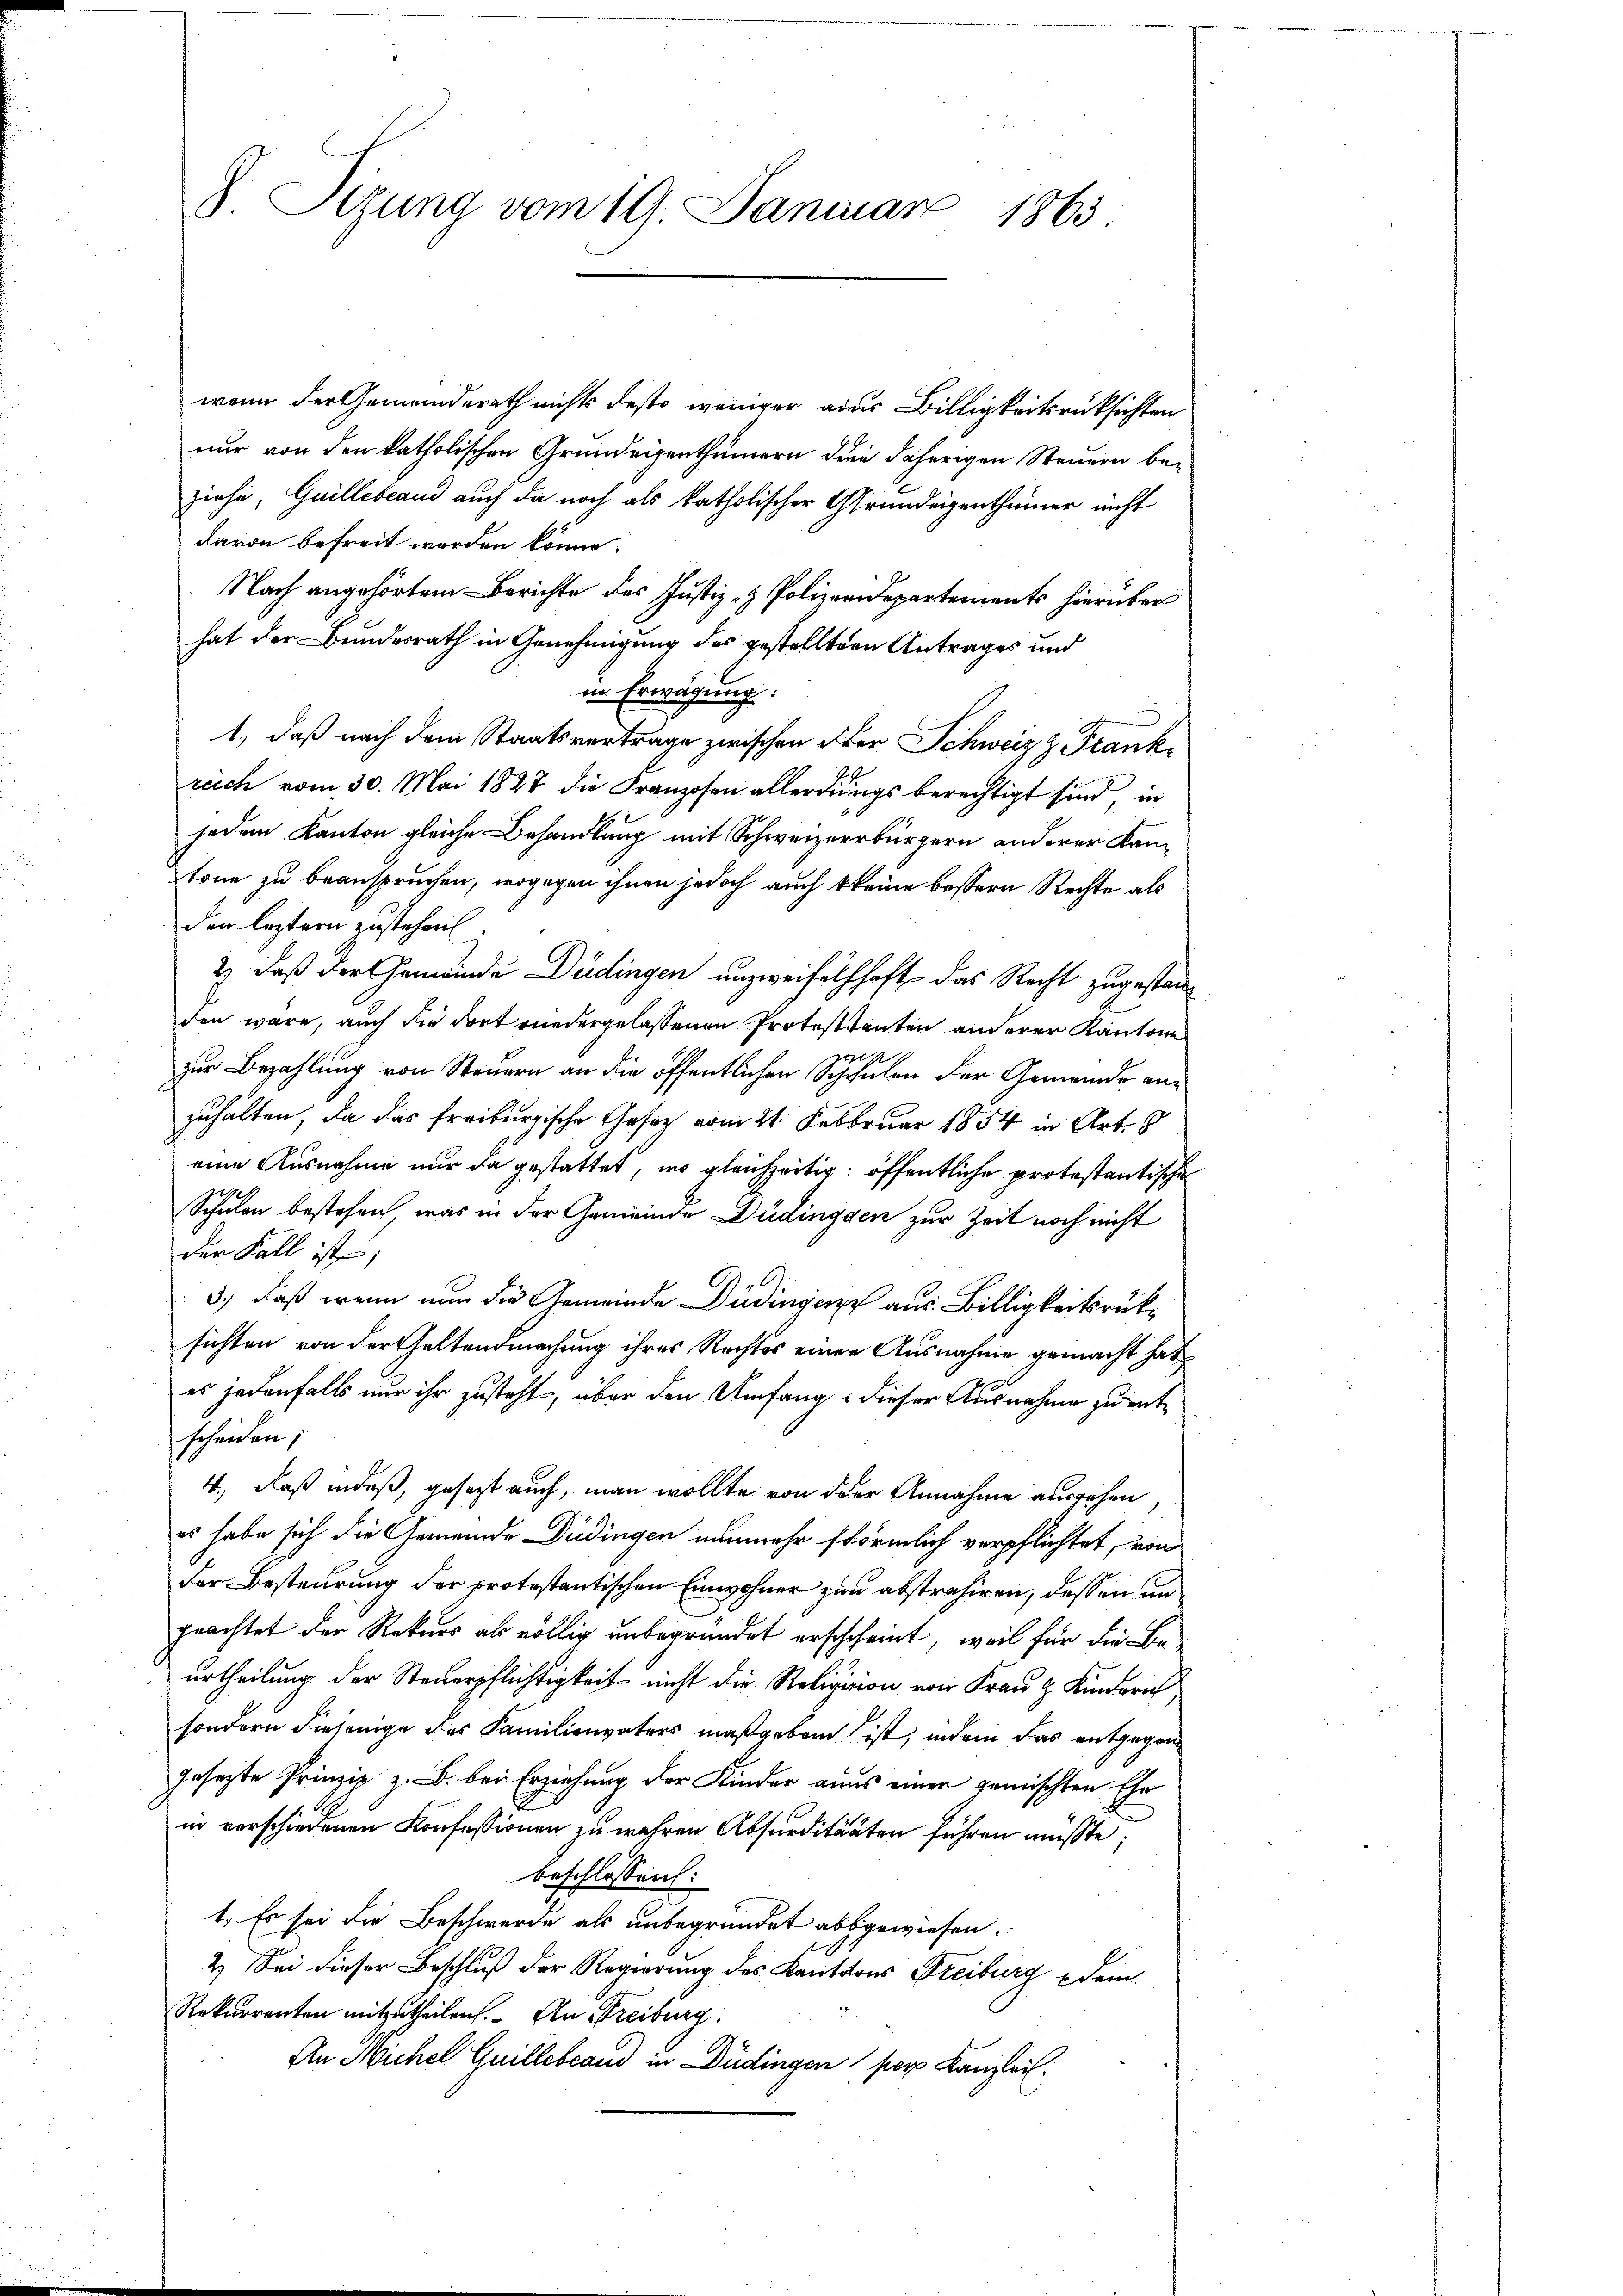
S. Etzung vom 19. Januar 1863

wenn der Gemeinderath nichts desto weniger ains Billigkeitsrücksichten
nur von den katholischen Grundeigenthümern den daherigen Steuern beziehe, Guillebrand auch da noch als katholischer Grundeigenthümer nicht
darin befreit werden könne.
Nach angehörtem Berichte des Justiz- & Polizeidepartements hierüber
hat der Bundesrath in Genehmigung des gestelltern Antrages und
in Erwägung.
1., daß nach dem Staatsvertrage zwischen der Schweiz & Frankreich vom 30. Mai 1827 die Franzosen allerdings berechtigt sind, in
jedem Kanton gleiche Behandlung mit Schweizerbürgern anderer Kantone zu beanspruchen, wogegen ihnen jedoch auch keine bessern Rechte als
den leztern zustehen.
2) daß der Gemeinde Düdingen unzweifelhaft das Recht zugestanden wäre, auch die dort wedergelassenen Protesttanten anderer Kantone
zur Bezahlung von Steuern an die öffentlichen Schulen der Gemeinde anzuhalten, da das freiburgische Gesetz vom 21. Februar 1854 in Art. 8
eine Ausnahme nur da gestattet, wo gleichzeitig öffentliche protestantische
Schulen bestehen, was in der Gemeinde Düdinggen zur Zeit noch nicht
der Fall ist;
3.) Daß wenn nun die Gemeinde Düdingere aus Billigkeitsrücksichten von der Waltendmachung ihres Rechtes einer Ausnahme gemacht hat
es jedenfalls nur ihr zusteht, über den Umfang dieser Ausnahme zu entscheiden;
4., Daß indeß, gesezt auch, man wollte von der Annahme ausgehen
es habe sich die Gemeinde Düdingen nunmehr störmlich verpflichtet, von
der Besteurung der protestantischen Einwohner zum abstrahiren, dessen un
geachtet der Rekurs als völlig unbegründet erschcheint, weil für die Beurtheilung der Steuerpflichtigkeit nicht die Religion von Frau Kinderich
sondern diejenige des Familienvaters maßgeben ist, indem das entgegen
gesezte Prinzip z. B. bei Erziehung der Kinder aus einer gemischten Ehe
in verschiedenen Konfessionen zu wehren Absurditäten führen müßte;
beschlossen:
1. Es sei die Beschwerde als unbegründet abgewiesen.
2.) Sei dieser Beschluß der Regierung des Kantons Freiburg u dein
Rekurrenten mitzutheilen. An Freiburg.
An Michel Guillebrand in Düdingen pers Kanzlei